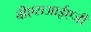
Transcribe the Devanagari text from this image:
बीएसआईएजी